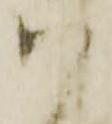
ハ